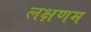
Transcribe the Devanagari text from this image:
लक्षणम